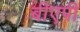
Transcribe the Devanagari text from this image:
बीएपी